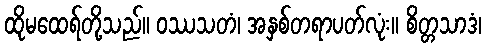
ထိုမထေရ်တို့သည်။ ဝဿသတံ၊ အနှစ်တရာပတ်လုံး။ စိတ္တသာဒံ၊